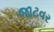
જાટવર